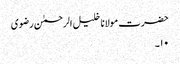
حضرت مولانا خلیل الرحمٰن رضوی
۱۰۔